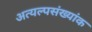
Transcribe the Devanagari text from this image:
अत्यल्पसंख्यांक